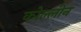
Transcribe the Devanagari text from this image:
कोल्लीन